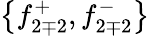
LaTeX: \left\{ f_{2\mp 2}^{+},f_{2\mp 2}^{-}\right\}